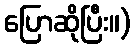
ပြောဆိုပြီး။)